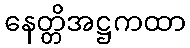
နေတ္တိအဋ္ဌကထာ